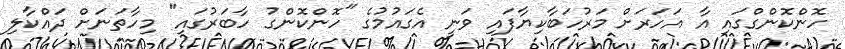
ހޮންކޮންގްގައި އާ އަހަރަށް މަރުހަބާކިޔާފައި ވަނީ އެގައުމުގެ "ހޮންކޮންގު ހާބަރުގައި" މިހާތަނަށް ދައްކާލި